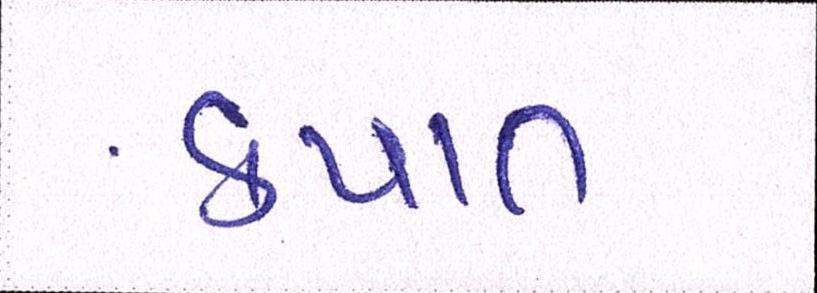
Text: કપાત